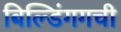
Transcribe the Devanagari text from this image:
बिल्डिंगगची